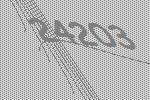
24203